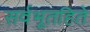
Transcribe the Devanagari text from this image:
सर्वभूतहिते